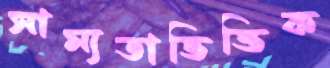
সাম্যতাভিত্তিক